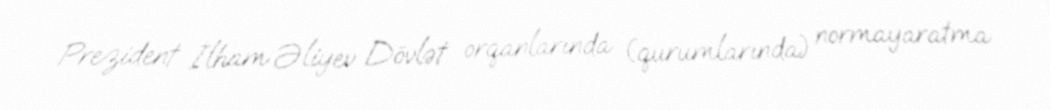
Prezident İlham Əliyev Dövlət orqanlarında (qurumlarında) normayaratma